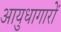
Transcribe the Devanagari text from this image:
आयुधागारों